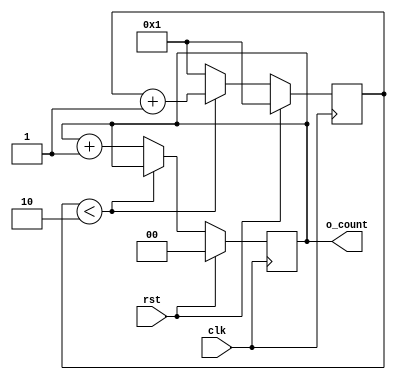
`timescale 10ns / 100ps

module ContadorDelayAjustable #(
    parameter DELAY_IN_CYCLES = 2,
    parameter COUNTER_WIDTH = 2) (
    input clk,
    input rst,
    output reg [COUNTER_WIDTH-1:0] o_count);

    initial o_count = 0;
    reg [31:0] cycle_counter = 1;

    always @ ( posedge clk ) begin
        if ( rst == 1) begin
            cycle_counter <= 1;
            o_count = 0;
        end
        else if ( cycle_counter < DELAY_IN_CYCLES)
            cycle_counter <= cycle_counter + 1;
        else begin
            cycle_counter <= 1;
            o_count = o_count + 1;
        end
    end

endmodule